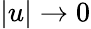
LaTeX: |u|\rightarrow 0